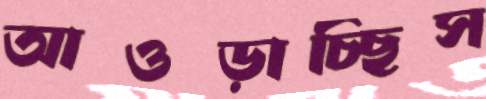
আওড়াচ্ছিস